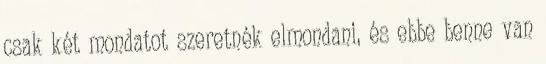
csak két mondatot szeretnék elmondani, és ebbe benne van